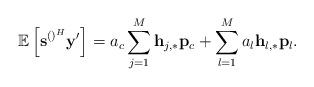
LaTeX: \begin{align*} \mathbb{E}\left[\mathbf{s}^{\left(\right)^H}\mathbf{y}'\right]=a_c\sum_{j=1}^{M}\mathbf{h}_{j,*}\mathbf{p}_c+\sum_{l=1}^M a_l \mathbf{h}_{l,*}\mathbf{p}_l.\end{align*}